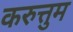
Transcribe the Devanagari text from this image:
करुत्तुम